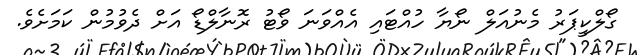
ގޯލްކީޕަރު މެނުއަލް ނޯޔާ ހުއްޓައި އެއްވަނަ ވޯޓު ރޮނާލްޑޯ އަށް ދެވުމުން ކަމަށެވެ.